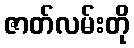
ဇာတ်လမ်းတို